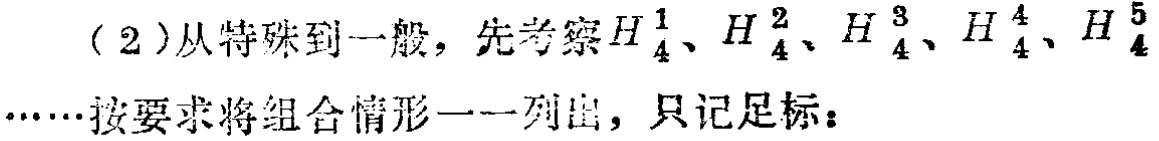
(2)从特殊到一般，先考察$H_{4}^{1}$、$H_{4}^{2}$、$H_{4}^{3}$、$H_{4}^{4}$、$H_{4}^{5}$……按要求将组合情形一一列出，只记足标：